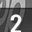
Digit: 2